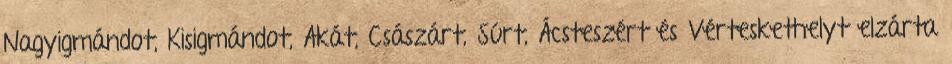
Nagyigmándot, Kisigmándot, Akát, Császárt, Súrt, Ácsteszért és Vérteskethelyt elzárta